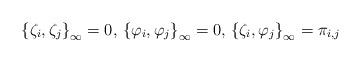
LaTeX: \begin{align*} \left\{ \zeta_i,\zeta_j\right\}_{\infty} = 0,\,\left\{ \varphi_i,\varphi_j\right\}_{\infty} = 0,\, \left\{ \zeta_i,\varphi_j\right\}_{\infty} = \pi_{i,j}\end{align*}